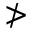
\ngtr